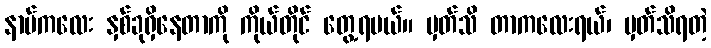
နာမ်ကလေး နှစ်ခုရှိနေတာကို ကိုယ်တိုင် တွေ့ရမယ်။ မှတ်သိ တာကလေးရယ်၊ မှတ်သိရတဲ့